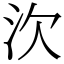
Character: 㳄